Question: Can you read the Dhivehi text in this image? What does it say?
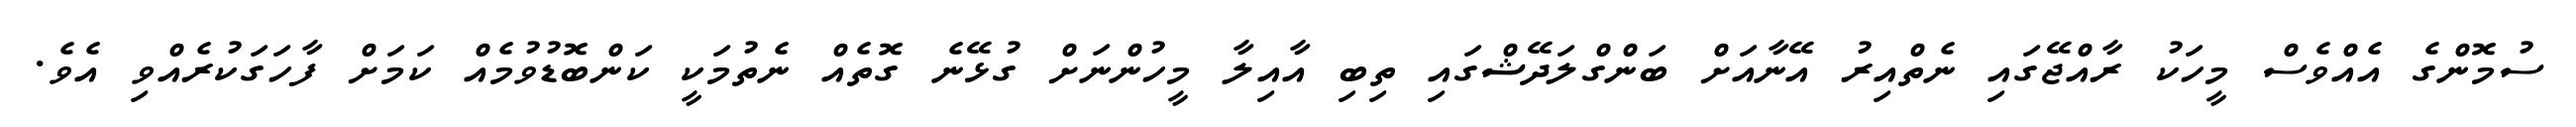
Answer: ސުމޮންގެ އެއްވެސް މީހަކު ރާއްޖޭގައި ނެތްއިރު އޭނާއަށް ބަންގްލަދޭޝްގައި ތިބި އާއިލާ މީހުންނަށް ގުޅޭނެ ގޮތެއް ނެތުމަކީ ކަންބޮޑުވުމެއް ކަމަށް ފާހަގަކުރެއްވި އެވެ.